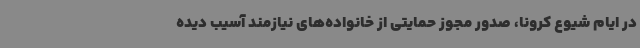
در ایام شیوع کرونا، صدور مجوز حمایتی از خانواده‌های نیازمند آسیب دیده